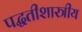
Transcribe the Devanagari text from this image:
पद्धतीशास्त्रीय